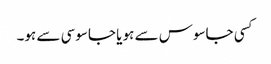
کسی جاسوس سے ہو یا جاسوسی سے ہو۔